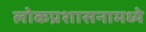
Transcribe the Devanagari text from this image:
लोकप्रशासनामध्ये